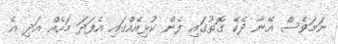
ނަމަވެސް އޭނާ ދެކޭ ގޮތުގައި ފެން ކުޅިއެއްގައި އެފަދަ މަހެއް އަދި އެ